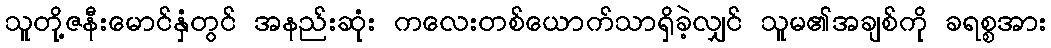
သူတို့ဇနီးမောင်နှံတွင် အနည်းဆုံး ကလေးတစ်ယောက်သာရှိခဲ့လျှင် သူမ၏အချစ်ကို ခရစ္စအား